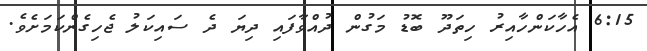
6:15 އެހާކަންހާއިރު ހިތަދޫ ބޮޑު މަގުން ދުއްވާފައި ދިޔަ ދެ ސައިކަލު ޖެހިގެންކަަމަށެވެ.